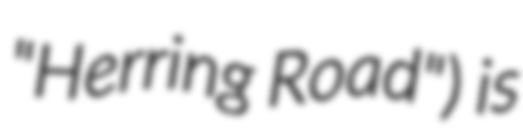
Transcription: "Herring Road") is